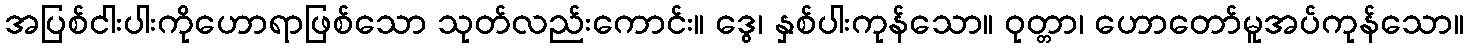
အပြစ်ငါးပါးကိုဟောရာဖြစ်သော သုတ်လည်းကောင်း။ ဒွေ၊ နှစ်ပါးကုန်သော။ ဝုတ္တာ၊ ဟောတော်မူအပ်ကုန်သော။